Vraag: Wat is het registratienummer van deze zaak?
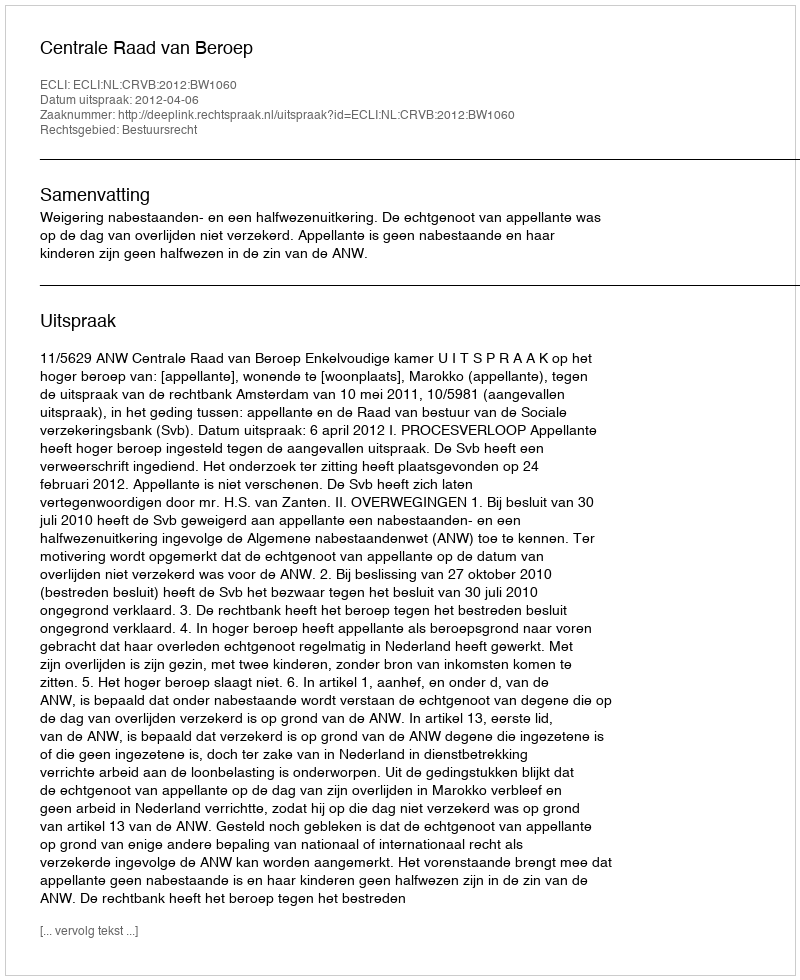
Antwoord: http://deeplink.rechtspraak.nl/uitspraak?id=ECLI:NL:CRVB:2012:BW1060